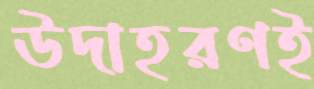
উদাহরণই